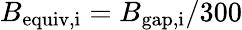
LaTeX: B_{\mathrm{equiv,i}}=B_{\mathrm{gap,i}}/300